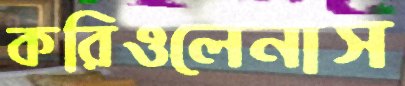
করিওলেনাস